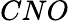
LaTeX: CNO